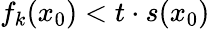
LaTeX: f_{k}(x_{0})<t\cdot s(x_{0})